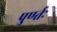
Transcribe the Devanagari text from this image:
पुर्ण्तः